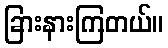
ခြားနားကြတယ်။